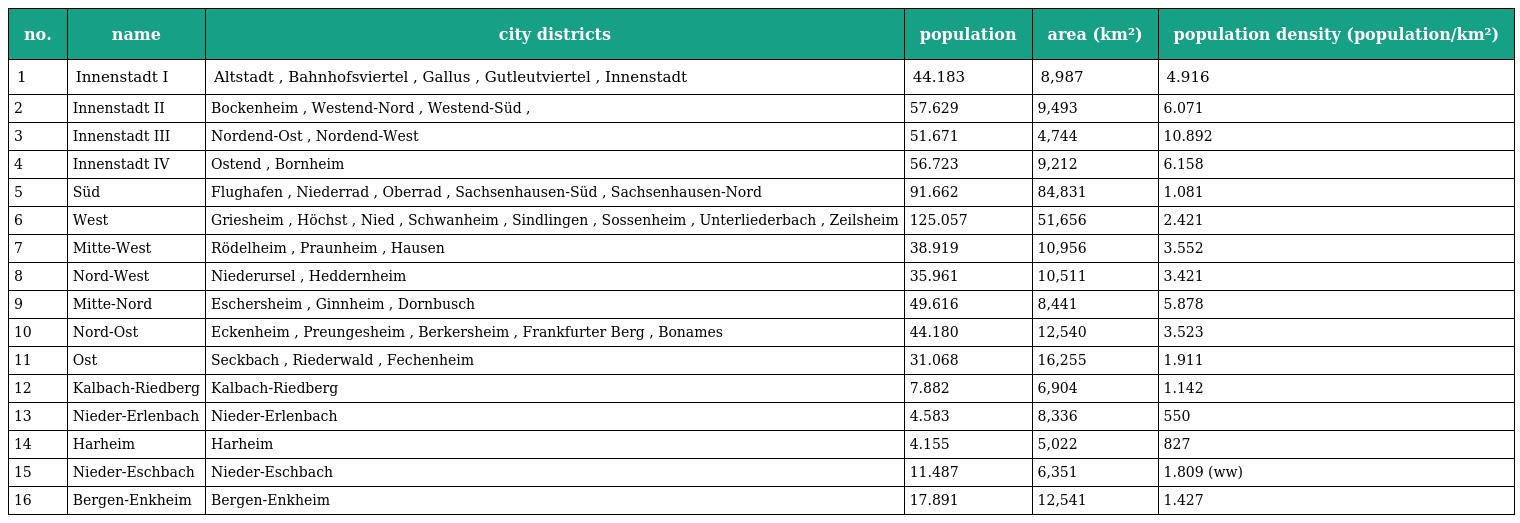
| no. | name | city districts | population | area (km²) | population density (population/km²) |
 | --- | --- | --- | --- | --- | --- |
 | 1 | Innenstadt I | Altstadt , Bahnhofsviertel , Gallus , Gutleutviertel , Innenstadt | 44.183 | 8,987 | 4.916 |
 | 2 | Innenstadt II | Bockenheim , Westend-Nord , Westend-Süd , | 57.629 | 9,493 | 6.071 |
 | 3 | Innenstadt III | Nordend-Ost , Nordend-West | 51.671 | 4,744 | 10.892 |
 | 4 | Innenstadt IV | Ostend , Bornheim | 56.723 | 9,212 | 6.158 |
 | 5 | Süd | Flughafen , Niederrad , Oberrad , Sachsenhausen-Süd , Sachsenhausen-Nord | 91.662 | 84,831 | 1.081 |
 | 6 | West | Griesheim , Höchst , Nied , Schwanheim , Sindlingen , Sossenheim , Unterliederbach , Zeilsheim | 125.057 | 51,656 | 2.421 |
 | 7 | Mitte-West | Rödelheim , Praunheim , Hausen | 38.919 | 10,956 | 3.552 |
 | 8 | Nord-West | Niederursel , Heddernheim | 35.961 | 10,511 | 3.421 |
 | 9 | Mitte-Nord | Eschersheim , Ginnheim , Dornbusch | 49.616 | 8,441 | 5.878 |
 | 10 | Nord-Ost | Eckenheim , Preungesheim , Berkersheim , Frankfurter Berg , Bonames | 44.180 | 12,540 | 3.523 |
 | 11 | Ost | Seckbach , Riederwald , Fechenheim | 31.068 | 16,255 | 1.911 |
 | 12 | Kalbach-Riedberg | Kalbach-Riedberg | 7.882 | 6,904 | 1.142 |
 | 13 | Nieder-Erlenbach | Nieder-Erlenbach | 4.583 | 8,336 | 550 |
 | 14 | Harheim | Harheim | 4.155 | 5,022 | 827 |
 | 15 | Nieder-Eschbach | Nieder-Eschbach | 11.487 | 6,351 | 1.809 (ww) |
 | 16 | Bergen-Enkheim | Bergen-Enkheim | 17.891 | 12,541 | 1.427 |